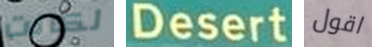
لكانت Desert اقول